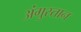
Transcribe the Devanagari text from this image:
अंगुस्तान